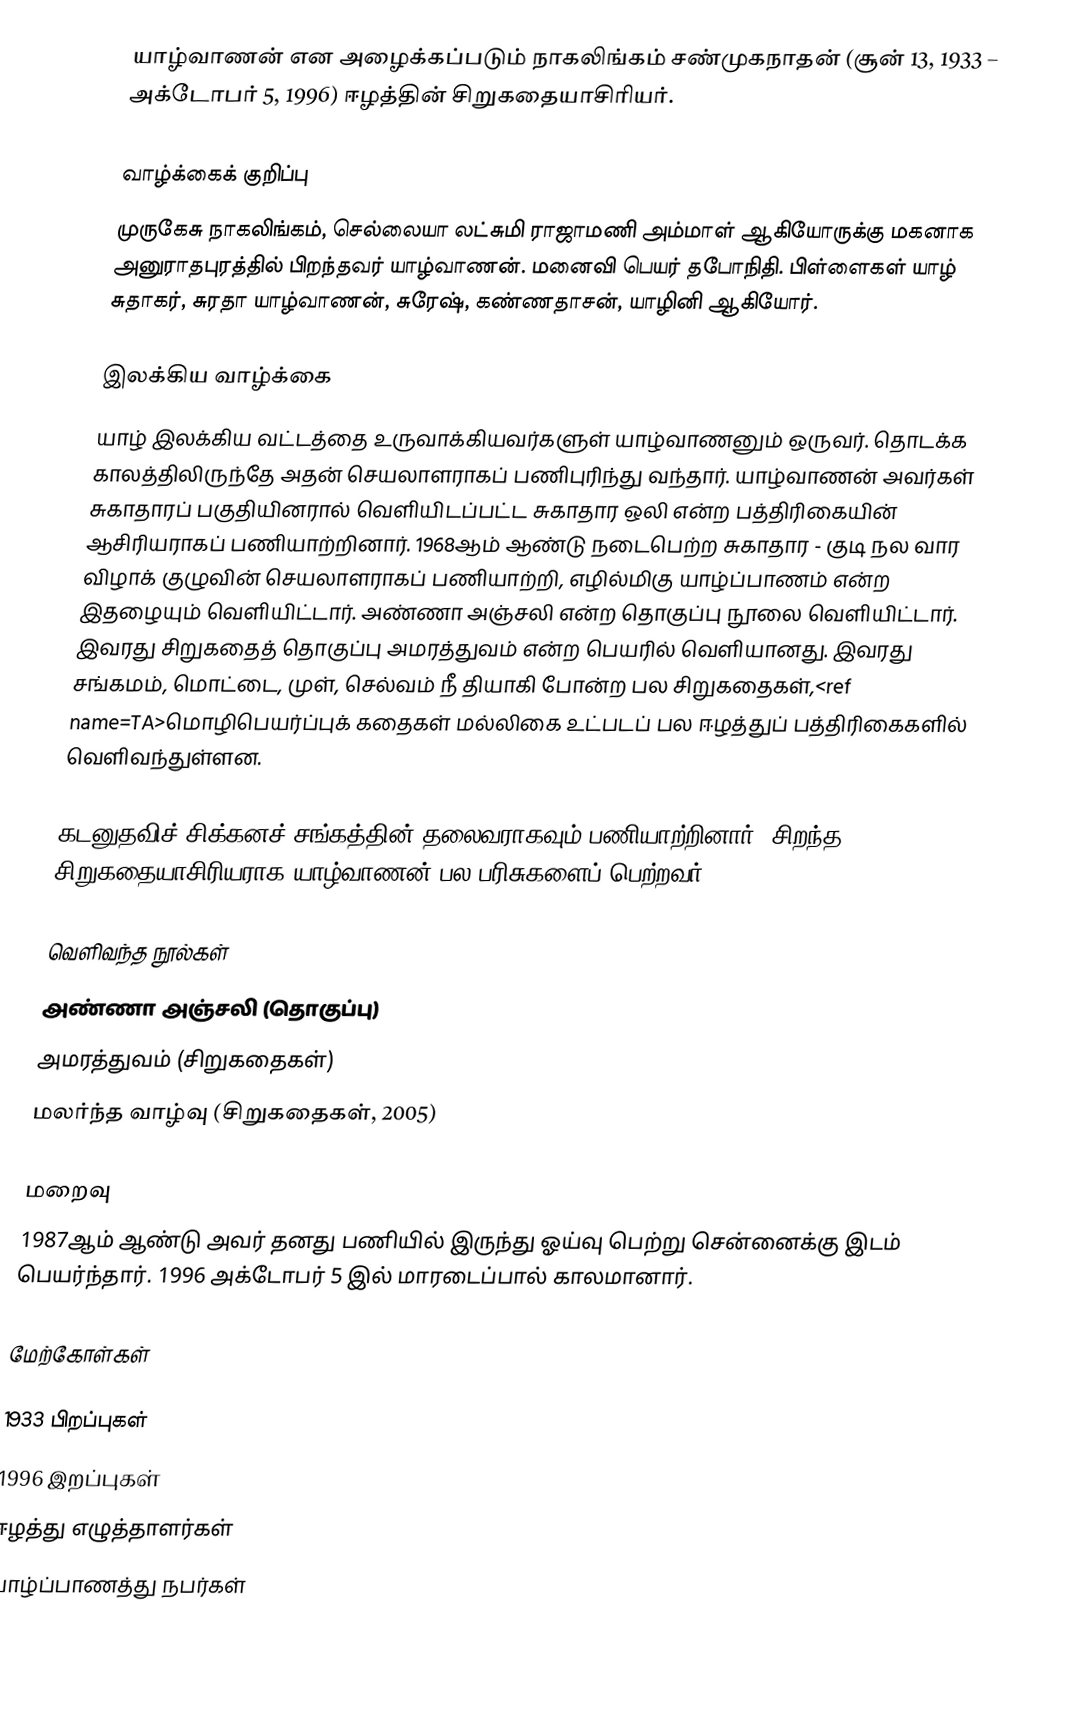
யாழ்வாணன் என அழைக்கப்படும் நாகலிங்கம் சண்முகநாதன் (சூன் 13, 1933 – அக்டோபர் 5, 1996) ஈழத்தின் சிறுகதையாசிரியர்.

வாழ்க்கைக் குறிப்பு
முருகேசு நாகலிங்கம், செல்லையா லட்சுமி ராஜாமணி அம்மாள் ஆகியோருக்கு மகனாக அனுராதபுரத்தில் பிறந்தவர் யாழ்வாணன். மனைவி பெயர் தபோநிதி. பிள்ளைகள் யாழ் சுதாகர், சுரதா யாழ்வாணன், சுரேஷ், கண்ணதாசன், யாழினி ஆகியோர்.

இலக்கிய வாழ்க்கை
யாழ் இலக்கிய வட்டத்தை உருவாக்கியவர்களுள் யாழ்வாணனும் ஒருவர். தொடக்க காலத்திலிருந்தே அதன் செயலாளராகப் பணிபுரிந்து வந்தார். யாழ்வாணன் அவர்கள் சுகாதாரப் பகுதியினரால் வெளியிடப்பட்ட சுகாதார ஒலி என்ற பத்திரிகையின் ஆசிரியராகப் பணியாற்றினார். 1968ஆம் ஆண்டு நடைபெற்ற சுகாதார - குடி நல வார விழாக் குழுவின் செயலாளராகப் பணியாற்றி, எழில்மிகு யாழ்ப்பாணம் என்ற இதழையும் வெளியிட்டார். அண்ணா அஞ்சலி என்ற தொகுப்பு நூலை வெளியிட்டார். இவரது சிறுகதைத் தொகுப்பு அமரத்துவம் என்ற பெயரில் வெளியானது. இவரது சங்கமம், மொட்டை, முள், செல்வம் நீ தியாகி போன்ற பல சிறுகதைகள்,<ref name=TA>மொழிபெயர்ப்புக் கதைகள் மல்லிகை உட்படப் பல ஈழத்துப் பத்திரிகைகளில் வெளிவந்துள்ளன.

கடனுதவிச் சிக்கனச் சங்கத்தின் தலைவராகவும் பணியாற்றினார். சிறந்த சிறுகதையாசிரியராக யாழ்வாணன் பல பரிசுகளைப் பெற்றவர்..

வெளிவந்த நூல்கள்
அண்ணா அஞ்சலி (தொகுப்பு)
அமரத்துவம் (சிறுகதைகள்)
மலர்ந்த வாழ்வு (சிறுகதைகள், 2005)

மறைவு
1987ஆம் ஆண்டு அவர் தனது பணியில் இருந்து ஓய்வு பெற்று சென்னைக்கு இடம் பெயர்ந்தார். 1996 அக்டோபர் 5 இல் மாரடைப்பால் காலமானார்.

மேற்கோள்கள்

1933 பிறப்புகள்
1996 இறப்புகள்
ஈழத்து எழுத்தாளர்கள்
யாழ்ப்பாணத்து நபர்கள்